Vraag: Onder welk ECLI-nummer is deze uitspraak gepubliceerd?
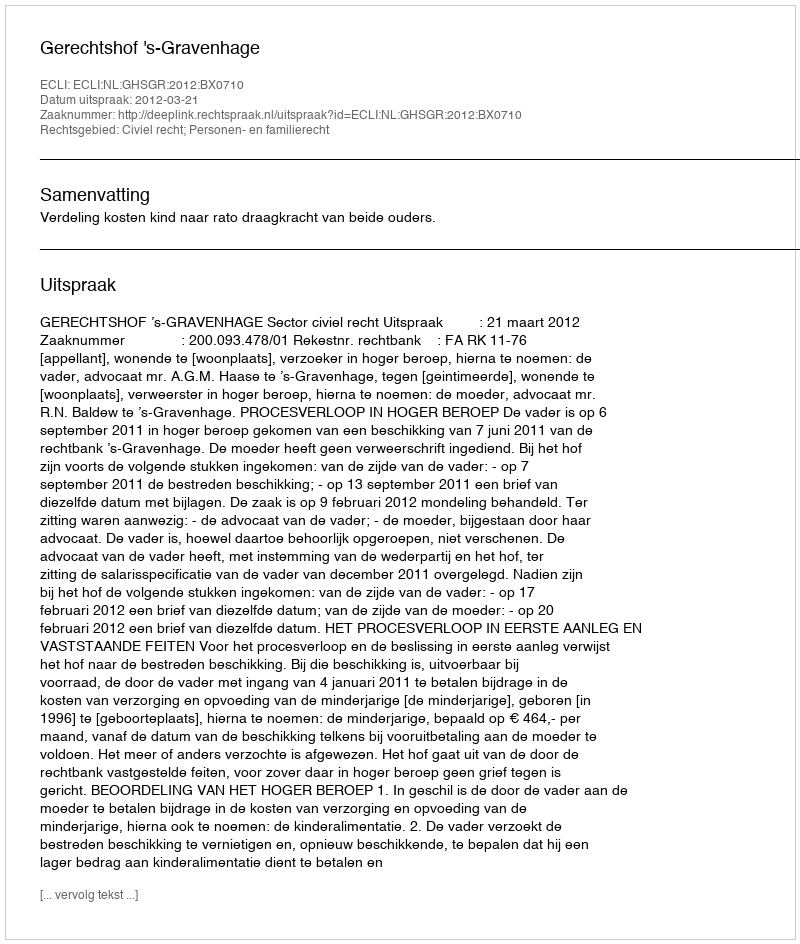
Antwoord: ECLI:NL:GHSGR:2012:BX0710